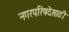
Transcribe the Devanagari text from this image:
नगरपरिषदेसाठी